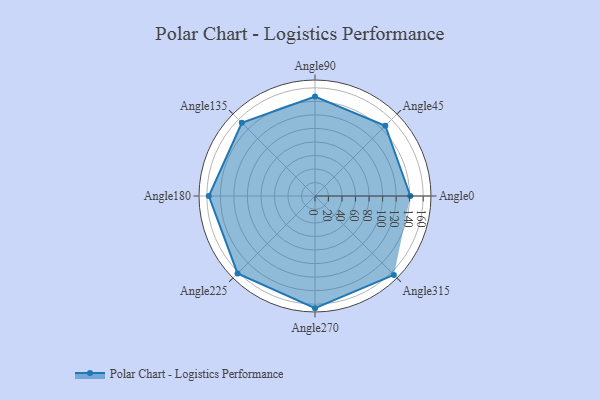
{"axis": {"x": "Angle", "y": "Radius"}, "legend": [""], "data": [{"x": "Angle0", "y": 141.0, "type": ""}, {"x": "Angle45", "y": 147.0, "type": ""}, {"x": "Angle90", "y": 147.0, "type": ""}, {"x": "Angle135", "y": 153.0, "type": ""}, {"x": "Angle180", "y": 157.0, "type": ""}, {"x": "Angle225", "y": 162.0, "type": ""}, {"x": "Angle270", "y": 166.0, "type": ""}, {"x": "Angle315", "y": 165.0, "type": ""}]}